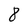
Character: 8